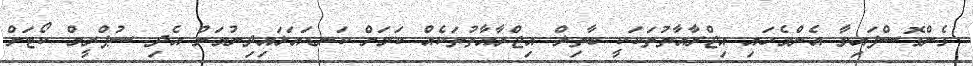
ގެންގޮސްފައިވާ އެންމެހައި އިޖްރާއާތުތަކަކީ ބާތިލް އިޖްރާއާތުތަކެއް ކަމަށް ކަނޑައަޅައިދިނުމަށް އެދި ސުޕްރީމް ކޯޓަށް